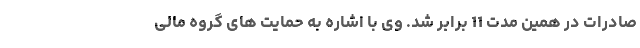
صادرات در همین مدت 11 برابر شد. وی با اشاره به حمایت های گروه مالی